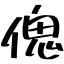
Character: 傀